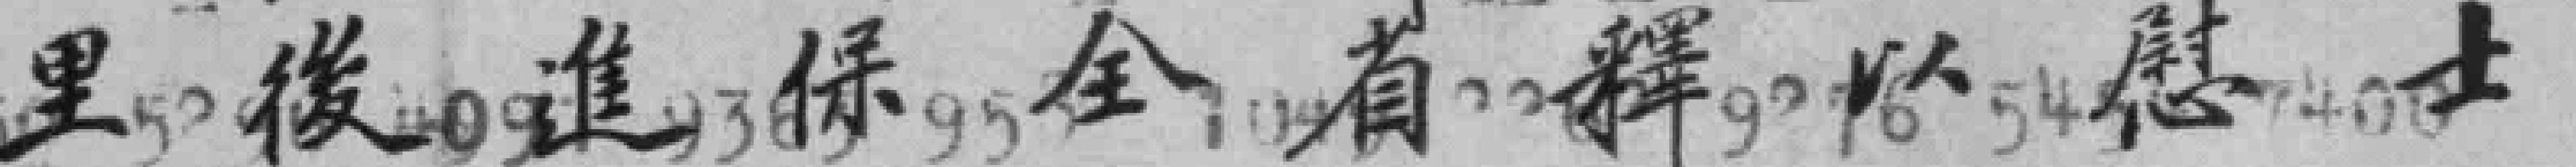
里後進保全省释以慰士